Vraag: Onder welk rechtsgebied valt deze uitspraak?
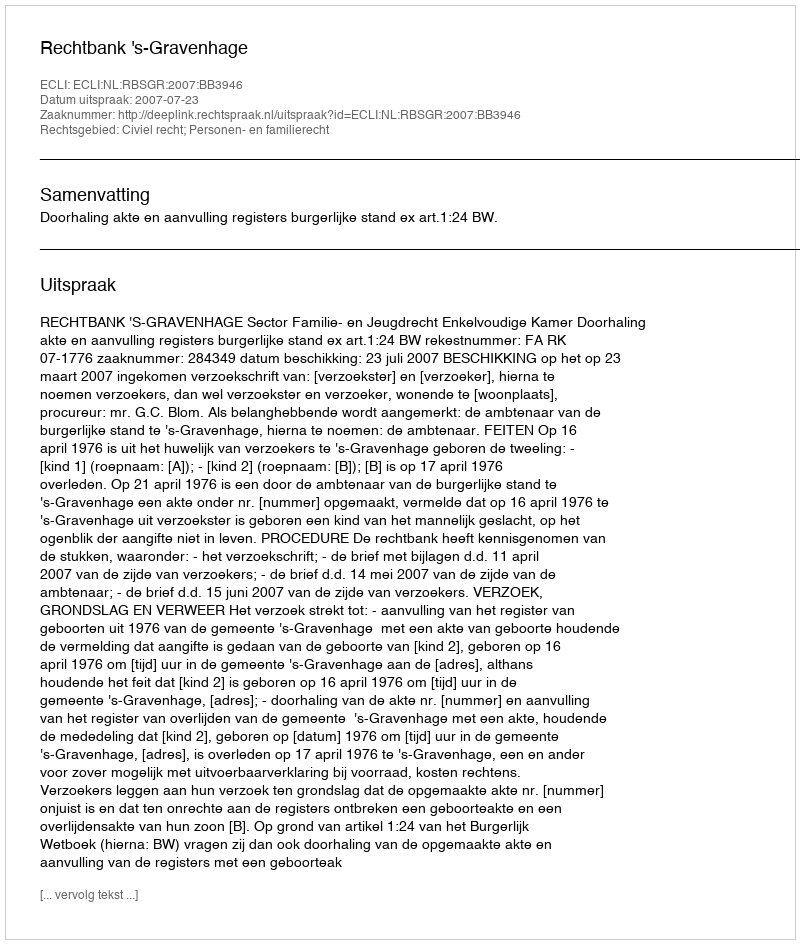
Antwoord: Civiel recht; Personen- en familierecht